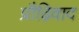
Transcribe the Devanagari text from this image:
प्रौढ़िवाद